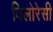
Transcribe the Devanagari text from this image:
विलोरेसी